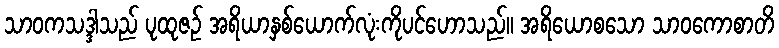
သာဝကသဒ္ဒါသည် ပုထုဇဉ် အရိယာနှစ်ယောက်လုံးကိုပင်ဟောသည်။ အရိယောစသော သာဝကောစာတိ